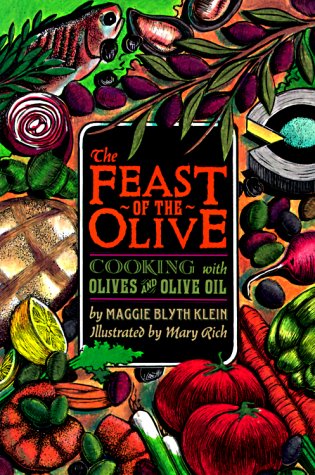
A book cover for Feast of the Olive: Cooking with Olives and Olive Oil; Maggie Blyth Klein; Cookbooks, Food & Wine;